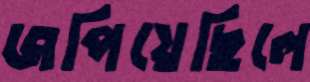
জপিয়েছিলে